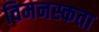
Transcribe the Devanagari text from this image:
विमनस्कता